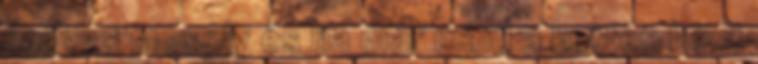
kedves mosoly és ha már mind a ketten bent